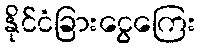
နိုင်ငံခြားငွေကြေး